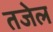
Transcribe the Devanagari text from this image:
तजेल